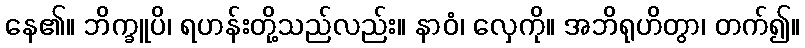
နေ၏။ ဘိက္ခူပိ၊ ရဟန်းတို့သည်လည်း။ နာဝံ၊ လှေကို။ အဘိရုဟိတွာ၊ တက်၍။